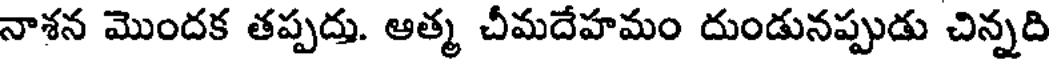
నాశన మొందక తప్పదు. ఆత్మ చీమదేహమం దుండునప్పుడు చిన్నది